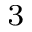
^ 3